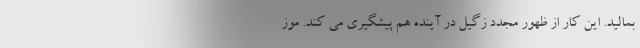
بمالید. این کار از ظهور مجدد زگیل در آینده هم پیشگیری می کند. موز